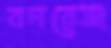
বনরেঞ্জ